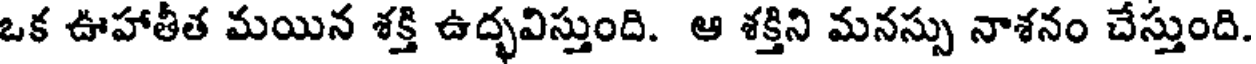
ఒక ఊహాతీత మయిన శక్తి ఉద్భవిస్తుంది. ఆ శక్తిని మనస్సు నాశనం చేస్తుంది.